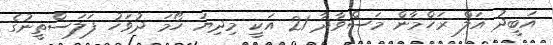
އަބީދު އަލް ރަހްމާން މަސްވާދާ 21 އަކީ މިދިޔަ ހޯމަ ދުވަހު ފަލަސްތީނުގެ